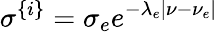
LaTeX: \sigma^{\{ i\} }=\sigma_{e}e^{-\lambda_{e}|\nu-\nu_{e}|}